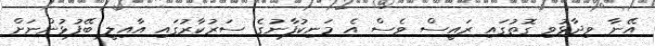
އޭނާ ވިދާޅުވި ގޮތުގައި ރައީސް ވެސް އެ މަނިކުުފާނުގެ ސަރުކާރުގައި އާއިލީ ބޭފުޅުންނަށް